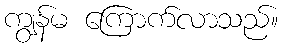
ကျွန်မ ကြောက်လာသည်။